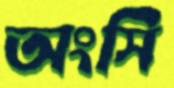
অংসি